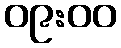
၀၉:၀၀